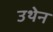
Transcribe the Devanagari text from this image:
उथेन